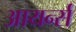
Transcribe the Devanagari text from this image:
आयर्न्स